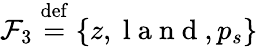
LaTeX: \mathcal{F}_{3}\overset{\mathrm{def}}{=}\{ z,\mathrm{~l~a~n~d~},p_{s}\}